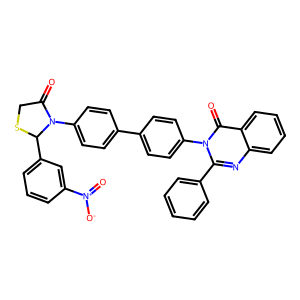
SMILES: O=C1CSC(c2cccc([N+](=O)[O-])c2)N1c1ccc(-c2ccc(-n3c(-c4ccccc4)nc4ccccc4c3=O)cc2)cc1
Inhibits HIV replication: No